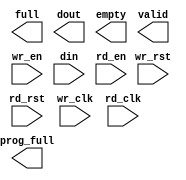
module fifo_async 
   (/*AUTOARG*/
   // Outputs
   full, prog_full, dout, empty, valid,
   // Inputs
   wr_rst, rd_rst, wr_clk, rd_clk, wr_en, din, rd_en
   );
   
   parameter DW    = 104;        //FIFO width
   parameter DEPTH = 32;          //FIFO depth
     
   //##########
   //# RESET/CLOCK
   //##########
   input 	   wr_rst;    //write reset
   input 	   rd_rst;    //read reset 
   input           wr_clk;    //write clock   
   input           rd_clk;    //read clock   

   //##########
   //# FIFO WRITE
   //##########
   input             wr_en;   
   input [DW-1:0]    din;
   output            full;
   output            prog_full;

   //###########
   //# FIFO READ
   //###########
   input 	      rd_en;
   output [DW-1:0] dout;
   output 	      empty;
   output 	      valid;

   
`ifdef TARGET_CLEAN

   fifo_async_model fifo_model (.full		(),
				.prog_full	(prog_full),
				.almost_full	(full),
				/*AUTOINST*/
				// Outputs
				.dout		(dout[DW-1:0]),
				.empty		(empty),
				.valid		(valid),
				// Inputs
				.wr_rst		(wr_rst),
				.rd_rst		(rd_rst),
				.wr_clk		(wr_clk),
				.rd_clk		(rd_clk),
				.wr_en		(wr_en),
				.din		(din[DW-1:0]),
				.rd_en		(rd_en));
   
`elsif TARGET_XILINX   
   generate
      if((DW==104) & (DEPTH==32))
	begin
	   fifo_async_104x32 fifo_async_104x32 (.full		(),
						.prog_full	(prog_full),
						.almost_full	(full),
						/*AUTOINST*/
						// Outputs
						.dout		(dout[DW-1:0]),
						.empty		(empty),
						.valid		(valid),
						// Inputs
						.wr_rst		(wr_rst),
						.rd_rst		(rd_rst),
						.wr_clk		(wr_clk),
						.rd_clk		(rd_clk),
						.wr_en		(wr_en),
						.din		(din[DW-1:0]),
						.rd_en		(rd_en));
	   
	end 

      
	      
   endgenerate
   
      
`endif // !`elsif TARGET_XILINX
   
   
endmodule